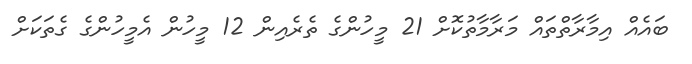
ބައެއް އިމާރާތްތައް މަރާމާތުކޮށް 21 މީހުންގެ ތެރެއިން 12 މީހުން އެމީހުންގެ ގެތަކަށް